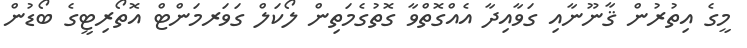
މީގެ އިތުރުން ޤާނޫނާއި ގަވާއިދާ އެއްގޮތްވާ ގޮތުގެމަތިން ލޯކަލް ގަވަރމަންޓް އޮތޯރިޓީގެ ބޯޑުން